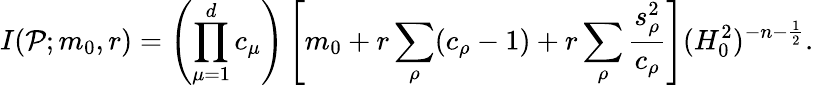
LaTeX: I(\mathcal{P};m_{0},r)=\left(\prod_{\mu=1}^{d}c_{\mu}\right)\left[m_{0}+r\sum_{\rho}(c_{\rho}-1)+r\sum_{\rho}\frac{{s_{\rho}^{2}}}{{c_{\rho}}}\right](H_{0}^{2})^{-n-\frac{{1}}{{2}}}.